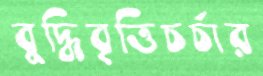
বুদ্ধিবৃত্তিচর্চার